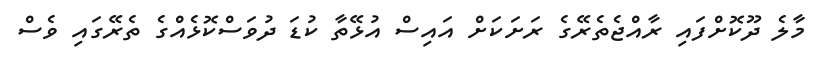
މާލެ ދޫކޮށްފައި ރާއްޖެތެރޭގެ ރަށަކަށް އައިސް އުޅޭތާ ކުޑަ ދުވަސްކޮޅެއްގެ ތެރޭގައި ވެސް